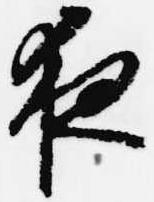
夜